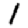
Digit: 1